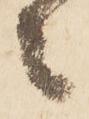
々